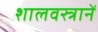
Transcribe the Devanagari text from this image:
शालवस्त्रानें